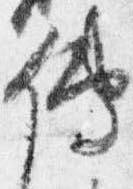
伝